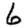
Digit: 6